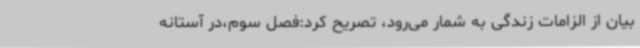
بیان از الزامات زندگی به شمار می‌رود، تصریح کرد:فصل سوم،در آستانه